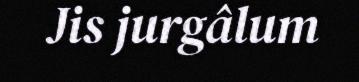
Jis jurgâlum